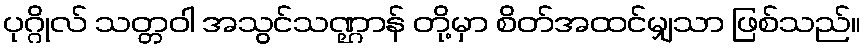
ပုဂ္ဂိုလ် သတ္တဝါ အသွင်သဏ္ဌာန် တို့မှာ စိတ်အထင်မျှသာ ဖြစ်သည်။